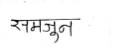
मजकूर: समजुन